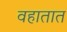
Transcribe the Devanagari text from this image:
वहातात